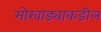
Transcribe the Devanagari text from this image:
मोखाड्याकडील